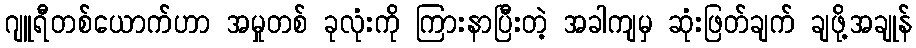
ဂျူရီတစ်ယောက်ဟာ အမှုတစ် ခုလုံးကို ကြားနာပြီးတဲ့ အခါကျမှ ဆုံးဖြတ်ချက် ချဖို့အချုန်